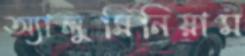
অ্যালুমিনিয়াম